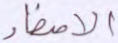
الأصفاد